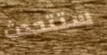
ستتحدث